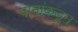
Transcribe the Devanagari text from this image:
पानांकडून